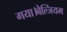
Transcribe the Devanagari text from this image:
गया।बेल्जियम